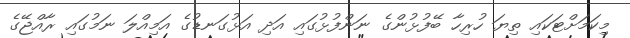
މިކަމަށްޓަކައި ތިޔަ ހުރިހާ ބޭފުޅުންގެ ނަންފުޅުގައި އަދި އަޅުގަނޑުގެ އަމިއްލަ ނަމުގައި ރާއްޖޭގެ